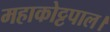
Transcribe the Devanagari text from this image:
महाकोट्टपाल।